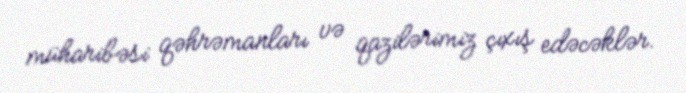
müharibəsi qəhrəmanları və qazilərimiz çıxış edəcəklər.